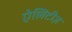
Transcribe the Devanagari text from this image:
ऐलिटीज़